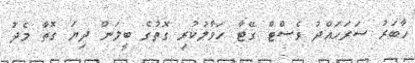
ހާބަރު ސަރަހައްދު ވެސްޓް ގޭޓާ ހަވާލުކުރި ގޮތުގެ ބީލަން ދިޔަ ގޮތާ މެދު